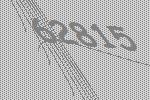
62815